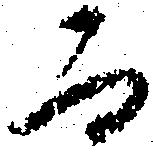
而